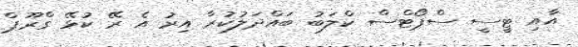
އާއި ޓީސީ ސްޕޯޓްސް ކްލަބު ބައްދަލުކުރާ އިރު އެ ރޭ ކުޅޭ ގްރޫޕް